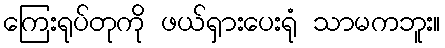
ကြေးရုပ်တုကို ဖယ်ရှားပေးရုံ သာမကဘူး။